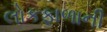
લોકફાળાની